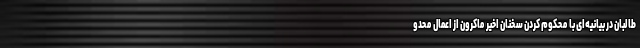
طالبان در بیانیه‌ای با محکوم کردن سخنان اخیر ماکرون از اعمال محدو